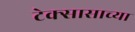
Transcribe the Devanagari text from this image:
टेक्सासाच्या